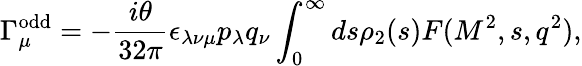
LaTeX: \Gamma_{\mu}^{\mathrm{odd}}=-{\frac{i\theta}{32\pi}}\epsilon_{\lambda\nu\mu}p_{\lambda}q_{\nu}\int_{0}^{\infty}ds\rho_{2}(s)F(M^{2},s,q^{2}),